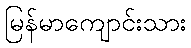
မြန်မာကျောင်းသား